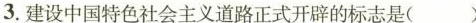
3.建设中国特色社会主义道路正式开辟的标志是( )